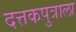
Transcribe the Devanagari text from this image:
दत्तकपुत्राला